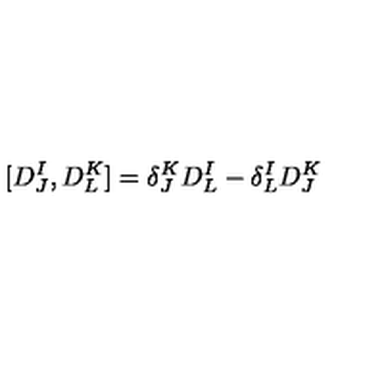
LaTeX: [ D _ { J } ^ { I } , D _ { L } ^ { K } ] = \delta _ { J } ^ { K } D _ { L } ^ { I } - \delta _ { L } ^ { I } D _ { J } ^ { K }